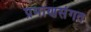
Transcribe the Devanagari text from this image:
प्रमाणसंगत